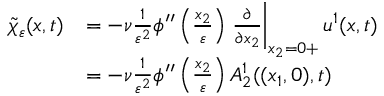
\begin{array} { r l } { \tilde { \chi } _ { \varepsilon } ( x , t ) } & { = - \nu \frac { 1 } { \varepsilon ^ { 2 } } \phi ^ { \prime \prime } \left( \frac { x _ { 2 } } { \varepsilon } \right) \left. \frac { \partial } { \partial x _ { 2 } } \right| _ { x _ { 2 } = 0 + } u ^ { 1 } ( x , t ) } \\ & { = - \nu \frac { 1 } { \varepsilon ^ { 2 } } \phi ^ { \prime \prime } \left( \frac { x _ { 2 } } { \varepsilon } \right) A _ { 2 } ^ { 1 } ( ( x _ { 1 } , 0 ) , t ) } \end{array}